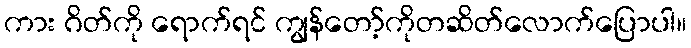
ကား ဂိတ်ကို ရောက်ရင် ကျွန်တော့်ကိုတဆိတ်လောက်ပြောပါ။